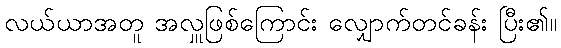
လယ်ယာအတူ အလှူဖြစ်ကြောင်း လျှောက်တင်ခန်း ပြီး၏။